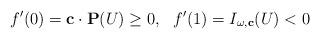
LaTeX: \begin{align*}f'(0)=\mathbf{c}\cdot \mathbf{P}(U)\ge 0,\ \ f'(1)=I_{\omega,\mathbf{c}}(U)<0\end{align*}